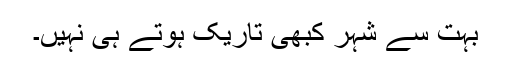
بہت سے شہر کبھی تاریک ہوتے ہی نہیں۔